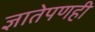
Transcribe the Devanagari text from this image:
ज्ञातेपणही